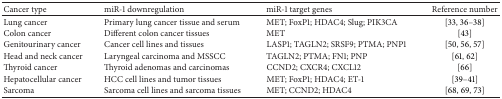
<table><thead><tr><td><b>Cancer type</b></td><td><b>miR-1 downregulation</b></td><td><b>miR-1 target genes</b></td><td><b>Reference number </b></td></tr></thead><tbody><tr><td>Lung cancer</td><td> Primary lung cancer tissue and serum</td><td>MET; FoxP1; HDAC4; Slug; PIK3CA</td><td>[33, 36–38]</td></tr><tr><td>Colon cancer</td><td>Different colon cancer tissues</td><td>MET</td><td>[43]</td></tr><tr><td>Genitourinary cancer</td><td>Cancer cell lines and tissues</td><td>LASP1; TAGLN2; SRSF9; PTMA; PNP1</td><td>[50, 56, 57]</td></tr><tr><td>Head and neck cancer</td><td> Laryngeal carcinoma and MSSCC</td><td>TAGLN2; PTMA; FN1; PNP</td><td>[61, 62]</td></tr><tr><td>Thyroid cancer</td><td>Thyroid adenomas and carcinomas</td><td>CCND2; CXCR4; CXCL12</td><td>[66]</td></tr><tr><td>Hepatocellular cancer</td><td> HCC cell lines and tumor tissues</td><td>MET; FoxP1; HDAC4; ET-1</td><td>[39–41]</td></tr><tr><td>Sarcoma</td><td> Sarcoma cell lines and sarcoma tissues</td><td>MET; CCND2; HDAC4</td><td>[68, 69, 73]</td></tr></tbody></table>